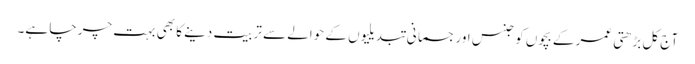
آج کل بڑھتی عمر کے بچوں کو جنس اور جسمانی تبدیلیوں کے حوالے سے تربیت دینے کا بھی بہت چرچا ہے۔